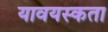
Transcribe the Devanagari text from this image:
यावयस्कता